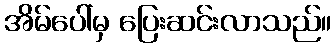
အိမ်ပေါ်မှ ပြေးဆင်းလာသည်။